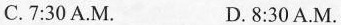
C.7:30 A.M. D.8:30 A.M.